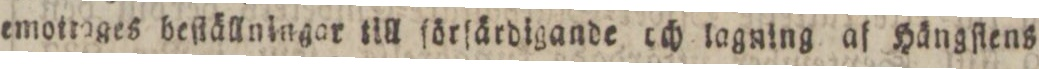
emottages beſtällningar till förſärdigande och lagning af Hängſtens